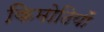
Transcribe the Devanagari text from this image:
किमोठियों